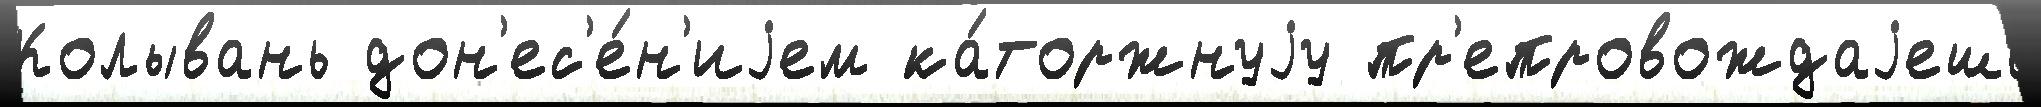
Колывань дон'ес'е́н'иjем ка́торжнуjу пр'епровождаjешь